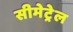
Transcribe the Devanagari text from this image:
सीमेट्रेल